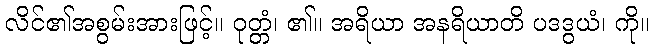
လိင်၏အစွမ်းအားဖြင့်။ ဝုတ္တံ၊ ၏။ အရိယာ အနရိယာတိ ပဒဒွယံ၊ ကို။